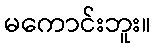
မကောင်းဘူး။